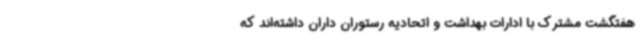
هفتگشت مشترک با ادارات بهداشت و اتحادیه رستوران داران داشته‌اند که